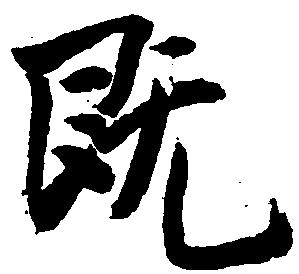
既